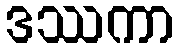
ဒဿကာ